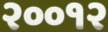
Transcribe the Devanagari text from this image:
२००१२